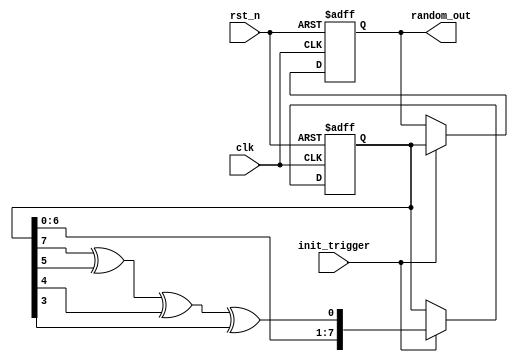
module random_init #(
    parameter WIDTH = 8,               // Width of the random output
    parameter SEED = 8'hA5              // Default seed value
) (
    input wire clk,                     // Clock signal
    input wire rst_n,                   // Active low reset signal
    input wire init_trigger,            // Trigger for initialization
    output reg [WIDTH-1:0] random_out   // Random output
);

    // Internal state for the PRNG (LFSR)
    reg [WIDTH-1:0] lfsr;

    // LFSR feedback polynomial for 8-bit LFSR (x^8 + x^6 + x^5 + x^4 + 1)
    wire feedback = lfsr[7] ^ lfsr[5] ^ lfsr[4] ^ lfsr[3];

    // Random value generation process
    always @(posedge clk or negedge rst_n) begin
        if (!rst_n) begin
            // Reset the LFSR to the seed value
            lfsr <= SEED;
            random_out <= 0;
        end else if (init_trigger) begin
            // Generate the next random value
            lfsr <= {lfsr[WIDTH-2:0], feedback}; // Shift and feedback
            random_out <= lfsr;                 // Output the current LFSR value
        end
    end

endmodule